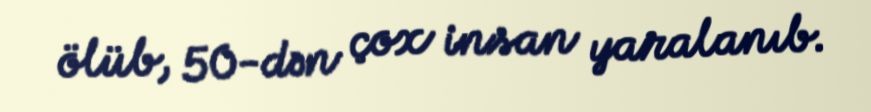
ölüb, 50-dən çox insan yaralanıb.